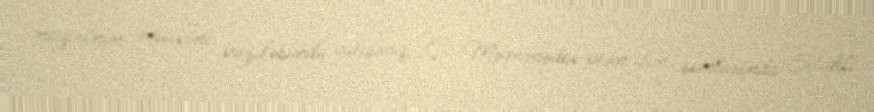
nazirinin müavini vəzifəsində çalışmış Ç. Məmmədov ötən ilin sonlarında Silahlı